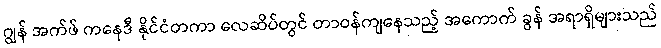
ဂျွန် အက်ဖ် ကနေဒီ နိုင်ငံတကာ လေဆိပ်တွင် တာဝန်ကျနေသည့် အကောက် ခွန် အရာရှိများသည်